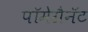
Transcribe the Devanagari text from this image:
पॉमेग्रैनॅट